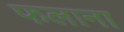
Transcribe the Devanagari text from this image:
फलाना